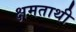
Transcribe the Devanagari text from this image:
क्षमताथी